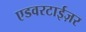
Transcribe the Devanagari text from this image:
एडवरटाईज़र